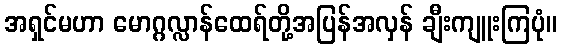
အရှင်မဟာ မောဂ္ဂလ္လာန်ထေရ်တို့အပြန်အလှန် ချီးကျူးကြပုံ။